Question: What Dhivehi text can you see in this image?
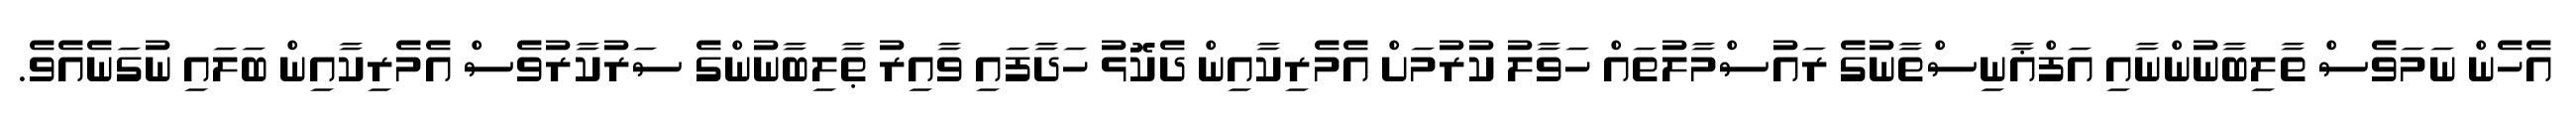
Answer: އެހެން ނަމަވެސް ތާލިބާނުންނާއި އަފްޣާނިސްތާނުގެ ރައުސްމާލުތައް ހަވާލު ކުރުމަށް އެމެރިކާއިން ދެކޮޅު ހަދާފައި ވާއިރު ޠާލިބާނުންގެ ސަރުކާރުވެސް އެމެރިކާއިން ބަލައި ނުގަނެއެވެ.